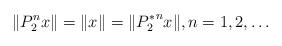
LaTeX: \begin{align*} \|P_2^nx\|=\|x\|=\|{P_2^*}^nx\|, n=1,2,\hdots \end{align*}